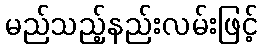
မည်သည့်နည်းလမ်းဖြင့်